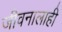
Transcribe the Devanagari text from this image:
जीवनालाही